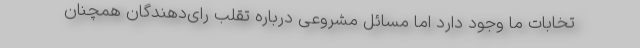
تخابات ما وجود دارد اما مسائل مشروعی درباره تقلب رای‌دهندگان همچنان